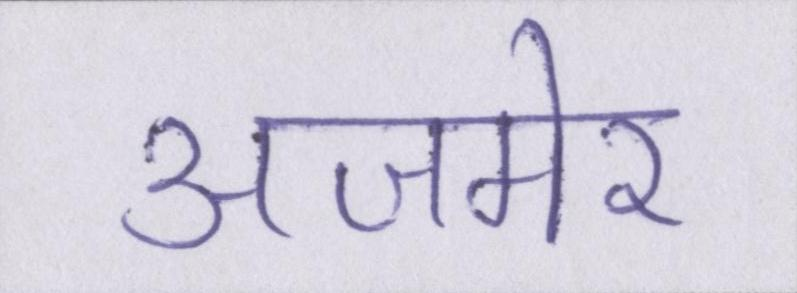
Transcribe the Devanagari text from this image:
अजमेर